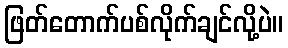
ဖြတ်တောက်ပစ်လိုက်ချင်လို့ပဲ။